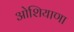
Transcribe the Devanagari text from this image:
ओशियाणा